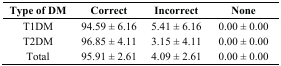
<table><thead><tr><td><b>Type of DM</b></td><td><b>Correct</b></td><td><b>Incorrect</b></td><td><b>None</b></td></tr></thead><tbody><tr><td>T1DM</td><td>94.59 ± 6.16</td><td>5.41 ± 6.16</td><td>0.00 ± 0.00</td></tr><tr><td>T2DM</td><td>96.85 ± 4.11</td><td>3.15 ± 4.11</td><td>0.00 ± 0.00</td></tr><tr><td>Total</td><td>95.91 ± 2.61</td><td>4.09 ± 2.61</td><td>0.00 ± 0.00</td></tr></tbody></table>